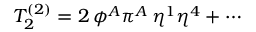
T _ { 2 } ^ { ( 2 ) } = 2 \, \phi ^ { A } \pi ^ { A } \, \eta ^ { 1 } \eta ^ { 4 } + \cdots